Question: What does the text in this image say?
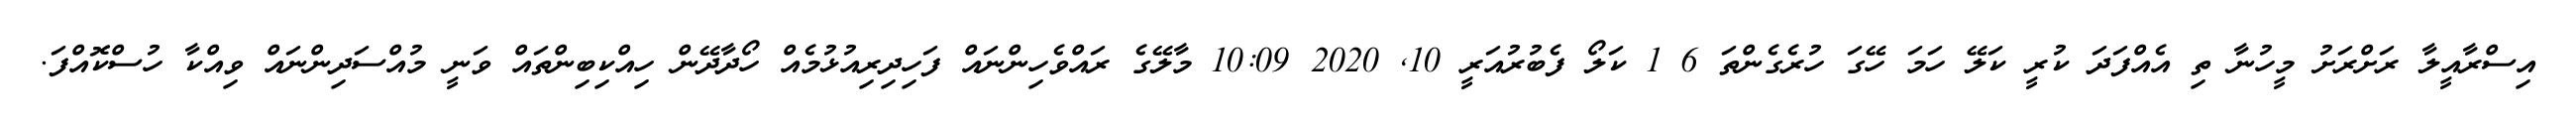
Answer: އިސްރާއީލާ ރަށްރަށު މީހުނާ ތި އެއްފަދަ ކުރީ ކަލޭ ހަމަ ހޭގަ ހުރެގެންތަ 6 1 ކަލޯ ފެބުރުއަރީ 10, 2020 10:09 މާލޭގެ ރައްވެހިންނައް ފަހިދިރިއުޅުމެއް ހޯދާދޭން ހިއްކިބިންތައް ވަނީ މުއްސަދިންނައް ވިއްކާ ހުސްކޮއްފަ.